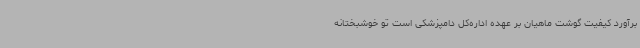
برآورد کیفیت گوشت ماهیان بر عهده اداره‌کل دامپزشکی است تو خوشبختانه